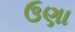
ઉણા